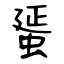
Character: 蜑